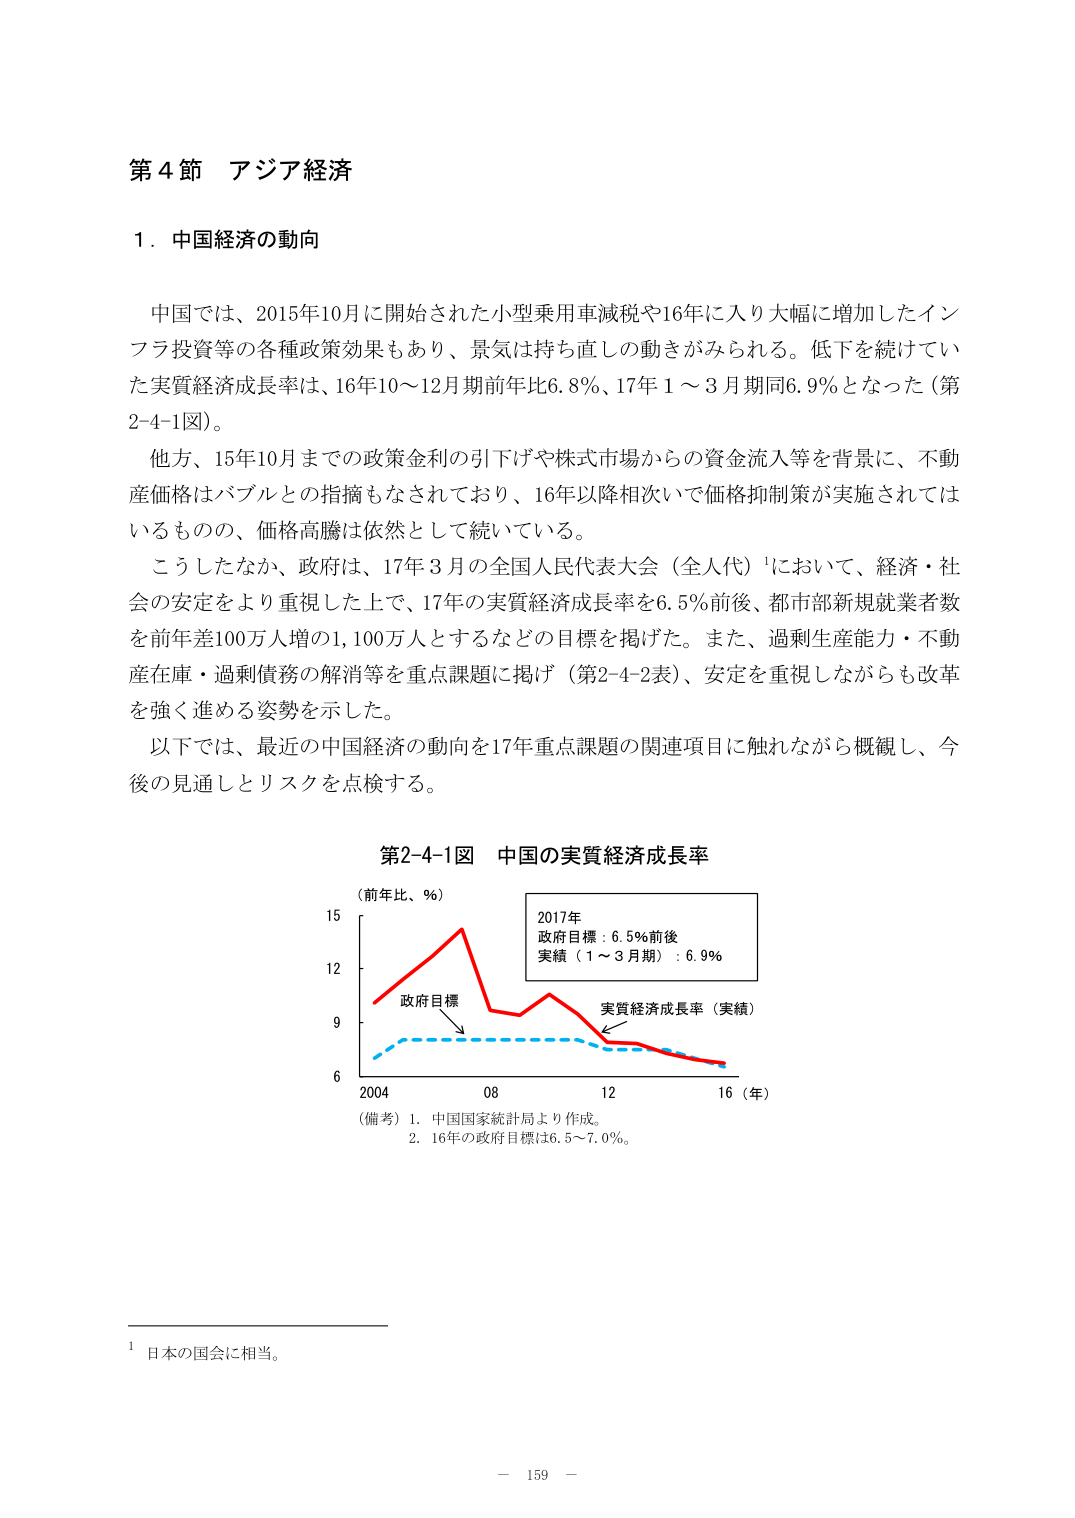
第４節 アジア経済

１．中国経済の動向

中国では、2015年10月に開始された小型乗用車減税や16年に入り大幅に増加したインフラ投資等の各種政策効果もあり、景気は持ち直しの動きがみられる。低下を続けていた実質経済成長率は、16年10～12月期前年比6.8％、17年１～３月期同6.9％となった（第2-4-1図）。

他方、15年10月までの政策金利の引下げや株式市場からの資金流入等を背景に、不動産価格はバブルとの指摘もなされており、16年以降相次いで価格抑制策が実施されてはいるものの、価格高騰は依然として続いている。

こうしたなか、政府は、17年３月の全国人民代表大会（全人代）¹において、経済・社会の安定をより重視した上で、17年の実質経済成長率を6.5％前後、都市部新規就業者数を前年差100万人増の1,100万人とするなどの目標を掲げた。また、過剰生産能力・不動産在庫・過剰債務の解消等を重点課題に掲げ（第2-4-2表）、安定を重視しながらも改革を強く進める姿勢を示した。

以下では、最近の中国経済の動向を17年重点課題の関連項目に触れながら概観し、今後の見通しとリスクを点検する。

第2-4-1図 中国の実質経済成長率

（前年比、％）

2017年
政府目標：6.5％前後
実績（１～３月期）：6.9％

政府目標
実質経済成長率（実績）

2004　　08　　12　　16（年）

（備考）1．中国国家統計局より作成。
　　　2．16年の政府目標は6.5～7.0％。

¹ 日本の国会に相当。

－ 159 －